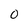
Character: O